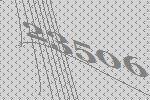
23506